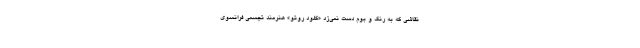
نقاشی که به رنگ و بوم دست نمی‌زد «کلود روتو» هنرمند تجسمی فرانسوی